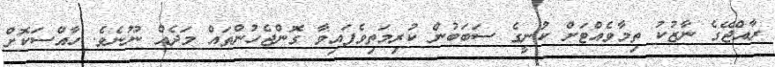
ރާއްޖޭގެ ނާޒުކު ތިމާވެއްޓަށް ކުނީގެ ސަބަބުން ކުރިމަތިވެފައިވާ ގޮންޖެހުންތައް މަދެއް ނޫނެވެ. ހާއްސަކޮށް